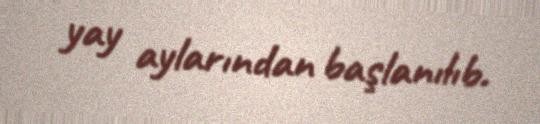
yay aylarından başlanılıb.